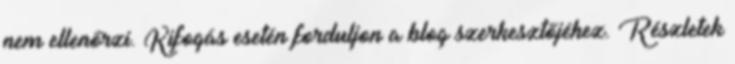
nem ellenőrzi. Kifogás esetén forduljon a blog szerkesztőjéhez. Részletek